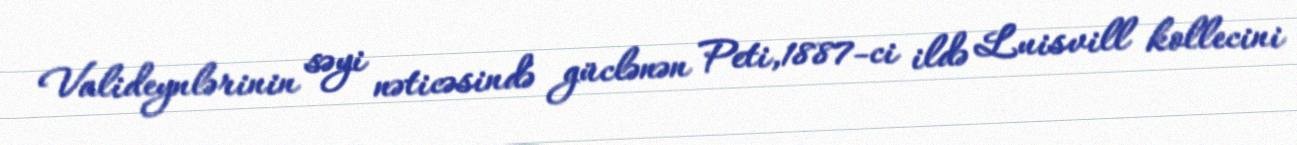
Valideynlərinin səyi nəticəsində güclənən Peti,1887-ci ildə Luisvill kollecini